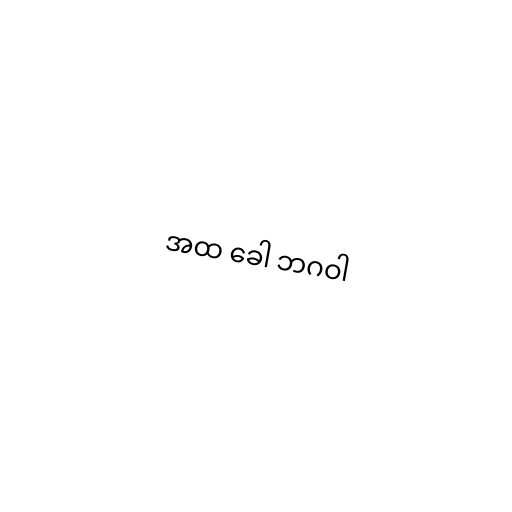
အထ ခေါ ဘဂဝါ